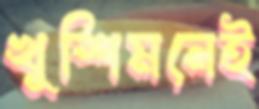
খুশিমনেই